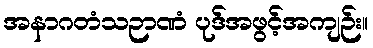
အနာဂတံသဉာဏံ ပုဒ်အဖွင့်အကျဉ်း။